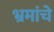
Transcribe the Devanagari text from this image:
भ्रमांचे